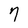
Character: 7